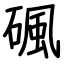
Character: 碸